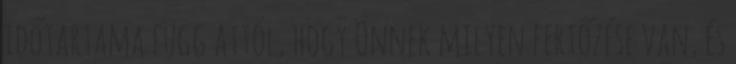
időtartama függ attól, hogy Önnek milyen fertőzése van, és